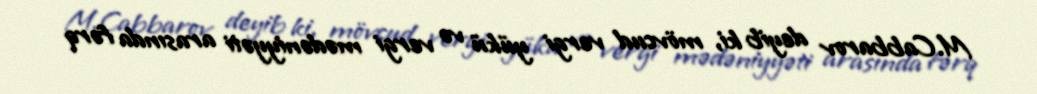
M.Cabbarov deyib ki, mövcud vergi yükü və vergi mədəniyyəti arasında fərq